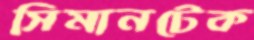
সিমানটেক